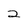
Character: 2